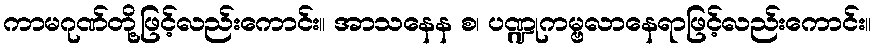
ကာမဂုဏ်တို့ဖြင့်လည်းကောင်း။ အာသနေန စ၊ ပဏ္ဍုကမ္ဗလာနေရာဖြင့်လည်းကောင်း။